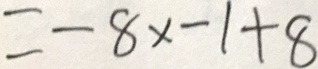
= - 8 x - 1 + 8